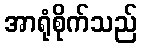
အာရုံစိုက်သည်